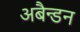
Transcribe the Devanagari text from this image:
अबैन्डन